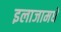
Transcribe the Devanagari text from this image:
इलाजामधे